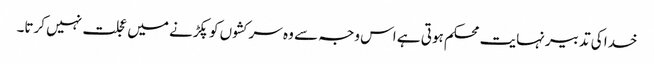
خدا کی تدبیر نہایت محکم ہوتی ہے اس وجہ سے وہ سرکشوں کو پکڑنے میں عجلت نہیں کرتا۔